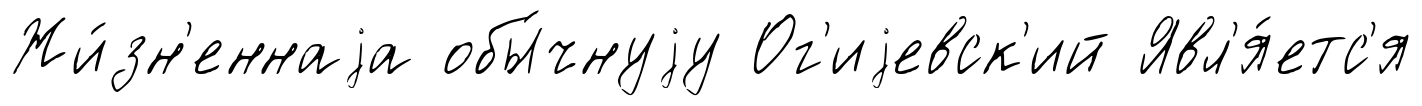
Жи́зн'еннаjа обы́чнуjу Ог'иjевск'ий Явл'я́етс'я